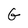
Character: G